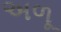
અળૂ